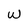
Character: w